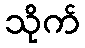
သိုက်